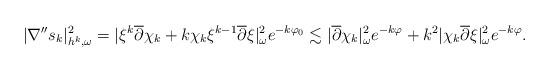
LaTeX: \begin{align*}|\nabla'' s_{k}|^2_{h^k, \omega} & = |\xi^k \overline{\partial}\chi_{k} +k\chi_{k}\xi^{k-1}\overline{\partial}\xi|^2_{\omega} e^{-k\varphi_{0}} \lesssim |\overline{\partial}\chi_{k}|^2_{\omega}e^{-k\varphi} + k^2|\chi_{k}\overline{\partial}\xi|^2_{\omega}e^{-k\varphi}. \end{align*}